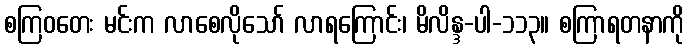
စကြဝတေး မင်းက လာစေလိုသော် လာရကြောင်း၊ မိလိန္ဒ-ပါ-၁၁၃။ စကြာရတနာကို